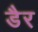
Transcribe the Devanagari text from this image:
डैर